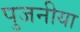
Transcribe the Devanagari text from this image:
पुजनीया